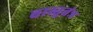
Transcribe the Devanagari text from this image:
वास्तुतंत्र